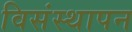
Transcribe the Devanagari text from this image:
विसंस्थापन